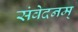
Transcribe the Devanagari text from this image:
संवेदनम्‌